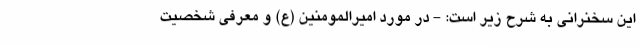
این سخنرانی به شرح زیر است: - در مورد امیرالمومنین (ع) و معرفی شخصیت